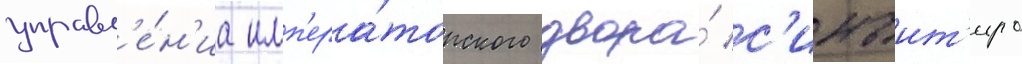
управл'е́н'иа имп'ера́торского двора́ с'инъит'иро